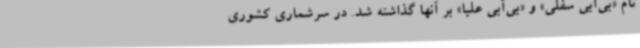
نام «بی‌آبی سفلی» و «بی‌آبی علیا» بر آنها گذاشته شد. در سرشماری کشوری